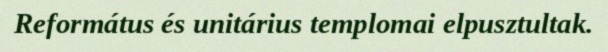
Református és unitárius templomai elpusztultak.